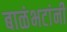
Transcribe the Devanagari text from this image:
बाळंभटांनी